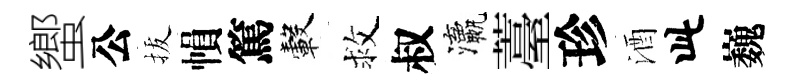
蠁公拔𢄙篤轂救叔瀛薹珍酒此巍